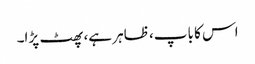
اس کا باپ، ظاہر ہے، پھٹ پڑا۔